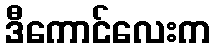
ဒီကောင်လေးက